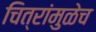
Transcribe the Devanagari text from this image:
चित्रांमुळेच